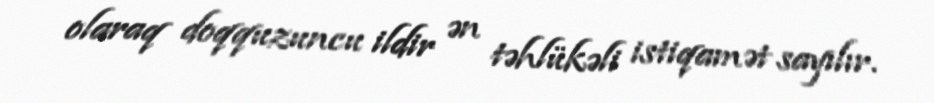
olaraq doqquzuncu ildir ən təhlükəli istiqamət sayılır.